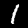
Digit: 1